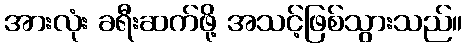
အားလုံး ခရီးဆက်ဖို့ အသင့်ဖြစ်သွားသည်။